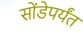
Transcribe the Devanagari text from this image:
सोंडेपर्यंत